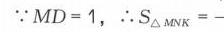
\(\because MD = 1,\ \therefore S_{\triangle MNK}=\)